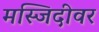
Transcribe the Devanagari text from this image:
मस्जिदीवर